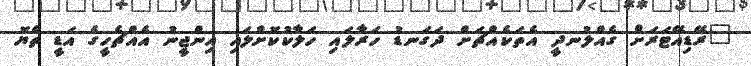
"ރޭޑިއޭޓަރަށް ގެއްލުނދީ އެތަކެއްޗަށް ދަގަނޑު ހަރާލައި ހަލާކުކޮށްލައި އިންޖީނު އެއްޗެހީގެ އަޑީ ތެޔޮ